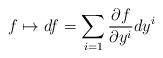
LaTeX: \begin{align*}f\mapsto df=\sum_{i=1}\frac{\partial f}{\partial y^i}dy^i\end{align*}